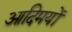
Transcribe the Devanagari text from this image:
आदिमयों